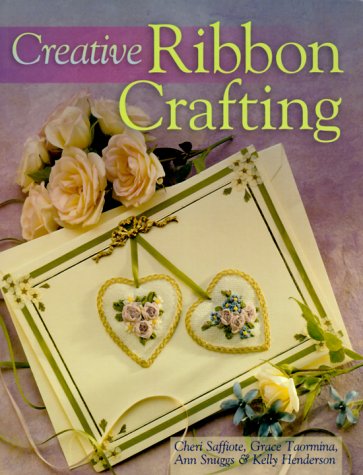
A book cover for Creative Ribbon Crafting; Cheri Saffiote; Crafts, Hobbies & Home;